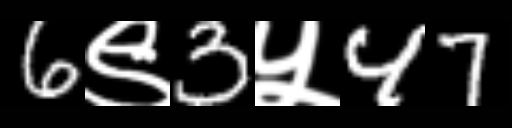
Text: 6९3५47